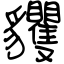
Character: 貜